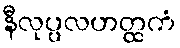
နီလုပ္ပလဟတ္ထကံ